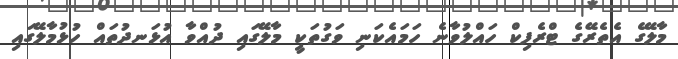
މާލޭގެ އެތެރޭގެ ޓްރެފިކް ހައްލުވާނެ ހަމައެކަނި ވަގުތަކީ މާލޭގައި ދުއްވާ އުޅަނދުތައް ހުޅުމާލޭގައި